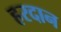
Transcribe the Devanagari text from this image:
हरदान